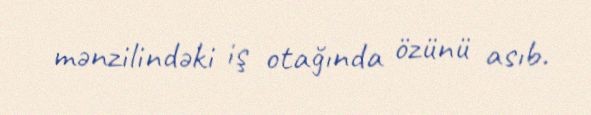
mənzilindəki iş otağında özünü asıb.